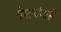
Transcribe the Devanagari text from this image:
पेमायंगत्से